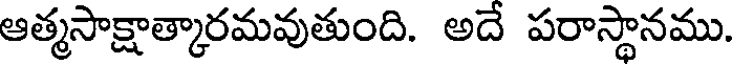
ఆత్మసాక్షాత్కారమవుతుంది. అదే పరాస్థానము.